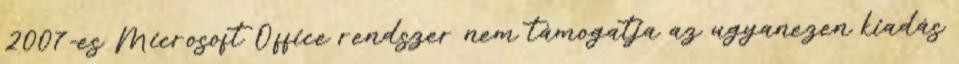
2007-es Microsoft Office rendszer nem támogatja az ugyanezen kiadás